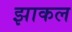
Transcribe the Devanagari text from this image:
झाकल